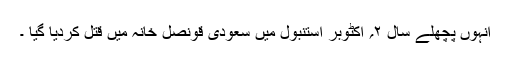
انہوں پچھلے سال ۲؍ اکٹوبر استنبول میں سعودی قونصل خانہ میں قتل کردیا گیا ۔